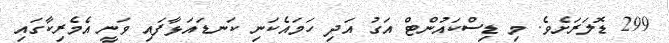
299 ޑޮލަރަށެވެ. މި ޑިސްކައުންޓް އަގު އަދި ހަމައެކަނި ކަނޑައަޅާފައި ވަނީ އެމެރިކާގައި